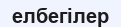
елбегілер